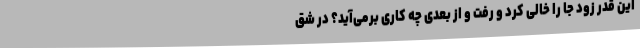
این قدر زود جا را خالی کرد و رفت و از بعدی چه کاری برمی‌آید؟ در شِقّ